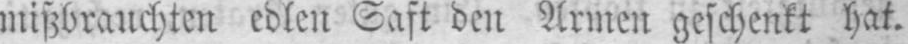
mißbrauchten edlen Saft den Armen geschenkt hat.